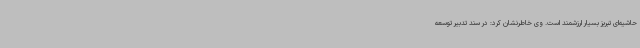
حاشیه‌ای تبریز بسیار ارزشمند است. وی خاطرنشان کرد: در سند تدبیر توسعه